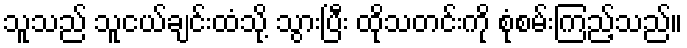
သူသည် သူငယ်ချင်းထံသို့ သွားပြီး ထိုသတင်းကို စုံစမ်းကြည့်သည်။